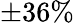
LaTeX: \pm 36\%